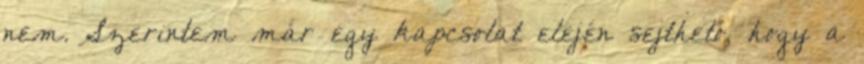
nem. Szerintem már egy kapcsolat elején sejthető, hogy a